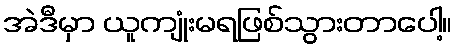
အဲဒီမှာ ယူကျုံးမရဖြစ်သွားတာပေါ့။